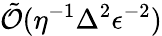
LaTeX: \tilde{\mathcal{O}}(\eta^{-1}\Delta^{2}\epsilon^{-2})